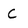
Character: C